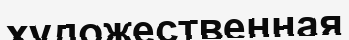
художественная